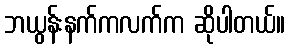
ဘယွန်းနက်ကလက်က ဆိုပါတယ်။